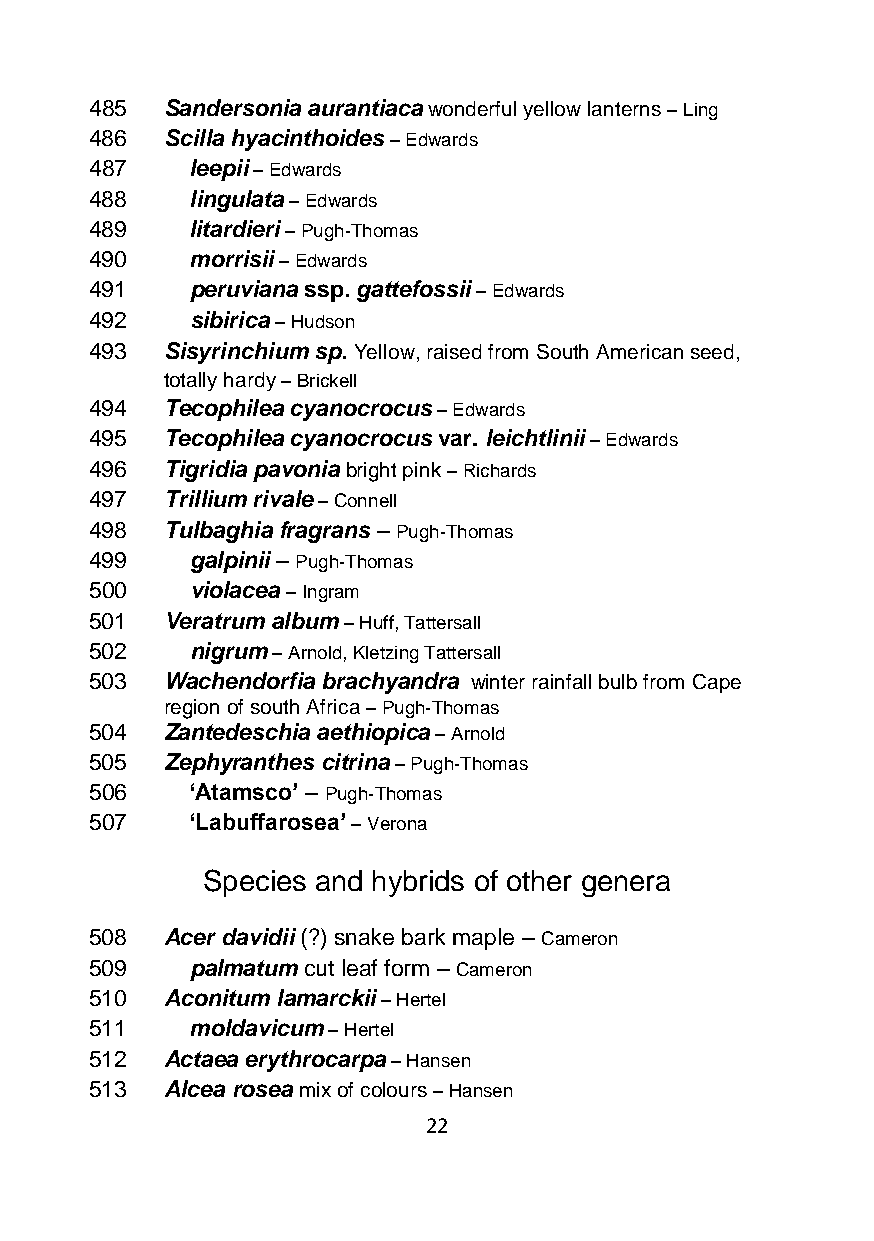
485  Sandersonia aurantiaca wonderful yellow lanterns – Ling
 486  Scilla hyacinthoides – Edwards
 487    leepii – Edwards
 488    lingulata – Edwards
 489    litardieri – Pugh-Thomas
 490    morrisii – Edwards
 491    peruviana ssp. gattefossii – Edwards
 492    sibirica – Hudson
 493  Sisyrinchium sp. Yellow, raised from South American seed,
 totally hardy – Brickell
 494  Tecophilea cyanocrocus – Edwards
 495  Tecophilea cyanocrocus var. leichtlinii – Edwards
 496  Tigridia pavonia bright pink – Richards
 497  Trillium rivale – Connell
 498  Tulbaghia fragrans – Pugh-Thomas
 499    galpinii – Pugh-Thomas
 500    violacea – Ingram
 501  Veratrum album – Huff, Tattersall
 502    nigrum – Arnold, Kletzing Tattersall
 503  Wachendorfia brachyandra winter rainfall bulb from Cape
 region of south Africa – Pugh-Thomas
 504  Zantedeschia aethiopica – Arnold
 505  Zephyranthes citrina – Pugh-Thomas
 506    ‘Atamsco’ – Pugh-Thomas
 507    ‘Labuffarosea’ – Verona
 Species and hybrids of other genera
 508  Acer davidii (?) snake bark maple – Cameron
 509    palmatum cut leaf form – Cameron
 510  Aconitum lamarckii – Hertel
 511    moldavicum – Hertel
 512  Actaea erythrocarpa – Hansen
 513  Alcea rosea mix of colours – Hansen
 22